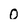
Character: 0